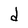
Character: d